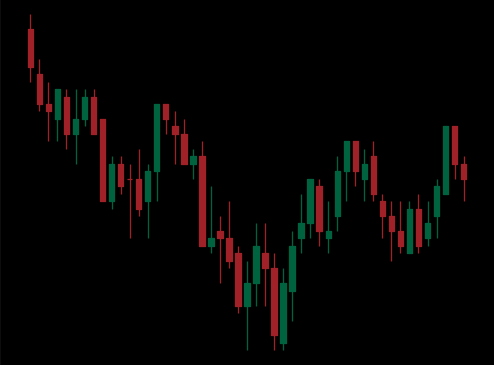
Pattern: inverse_head_shoulders